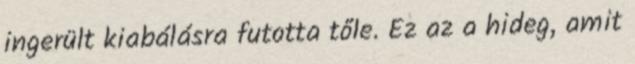
ingerült kiabálásra futotta tőle. Ez az a hideg, amit